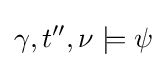
\gamma ,t'',\nu \models \psi